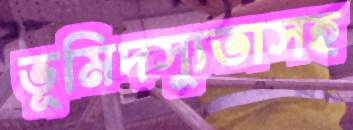
ভূমিদস্যুতাসহ